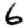
Digit: 6